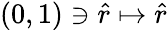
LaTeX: (0,1)\ni\hat{r}\mapsto\hat{r}